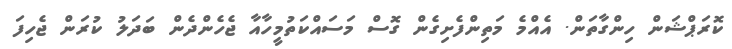
ކޮރަޕްޝަން ހިންގާތަން. އެއްމެ މަތިންފެށިގެން ގޮސް މަސައްކަތުމީހާއާ ޖެހެންދެން ބަދަލު ކުރަން ޖެހިފަ